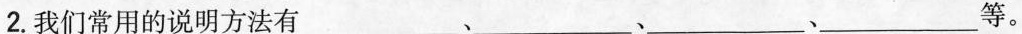
2.我们常用的说明方法有___、___、___、___等。